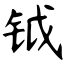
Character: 钺